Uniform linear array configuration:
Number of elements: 48
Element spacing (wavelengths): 1
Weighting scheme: blackman
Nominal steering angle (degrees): -45
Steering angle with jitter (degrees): -45.653
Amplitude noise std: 0.05
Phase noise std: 0.05

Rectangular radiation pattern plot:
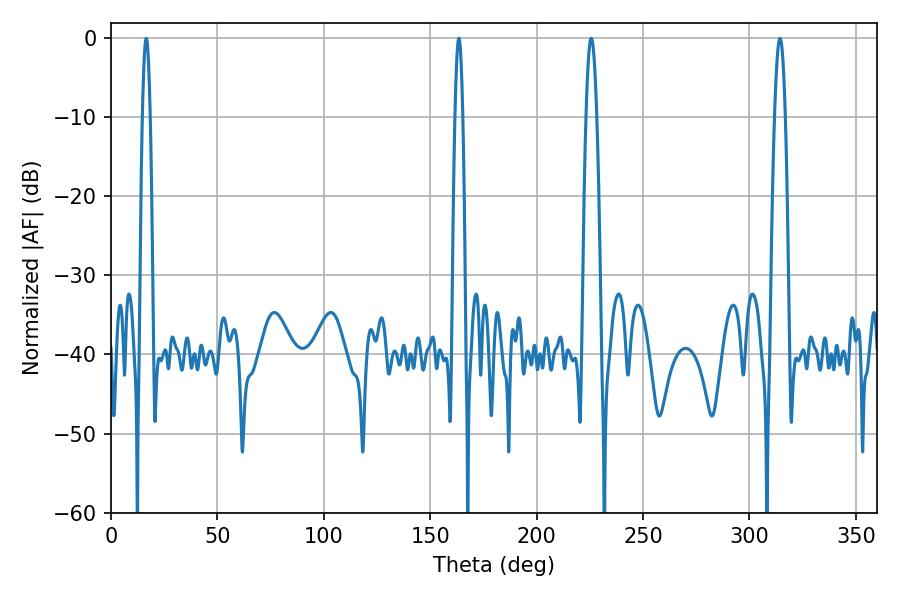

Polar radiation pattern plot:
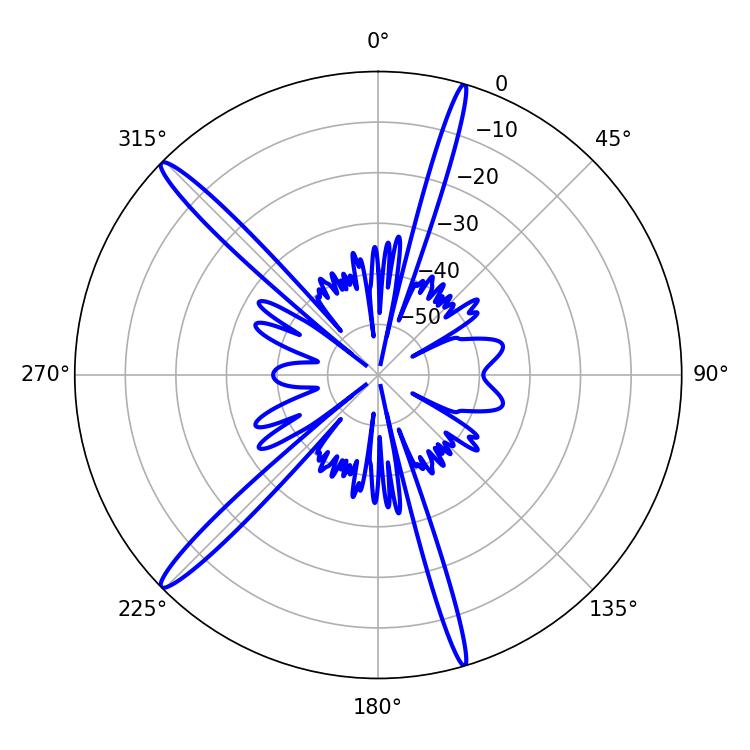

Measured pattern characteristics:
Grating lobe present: TRUE
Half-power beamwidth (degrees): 1.8
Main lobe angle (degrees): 16.56